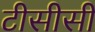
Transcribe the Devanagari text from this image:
टीसीसी